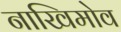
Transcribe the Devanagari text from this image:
नाखिमोव